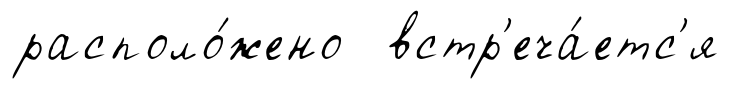
располо́жено встр'еча́етс'я